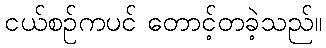
ငယ်စဉ်ကပင် တောင့်တခဲ့သည်။